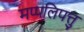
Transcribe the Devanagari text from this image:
मप्पलिपत्तु